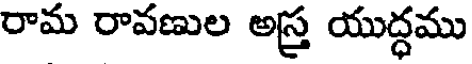
రామ రావణుల అస్త్ర యుద్ధము